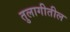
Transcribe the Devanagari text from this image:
तुलागीतील